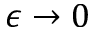
\epsilon \to 0